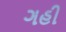
ગહી